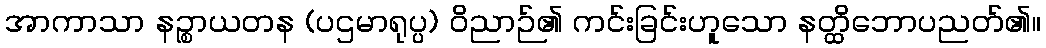
အာကာသာ နဉ္စာယတန (ပဌမာရုပ္ပ) ဝိညာဉ်၏ ကင်းခြင်းဟူသော နတ္ထိဘောပညတ်၏။